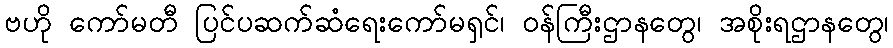
ဗဟို ကော်မတီ ပြင်ပဆက်ဆံရေးကော်မရှင်၊ ဝန်ကြီးဌာနတွေ၊ အစိုးရဌာနတွေ၊